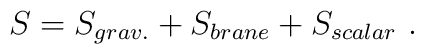
S = S_{grav.} + S_{brane} + S_{scalar}\ .